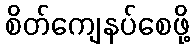
စိတ်ကျေနပ်စေဖို့